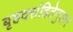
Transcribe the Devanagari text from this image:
बृहदसंहितेनुसार